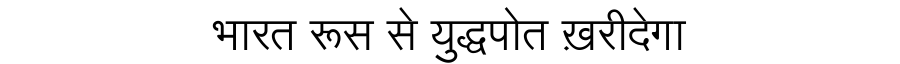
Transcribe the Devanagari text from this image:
भारत रूस से युद्धपोत ख़रीदेगा